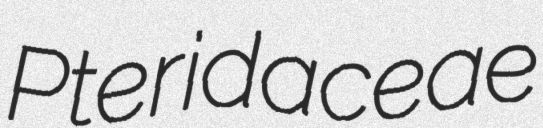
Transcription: Pteridaceae